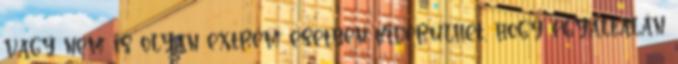
vagy nem is olyan extrém esetben kiderülhet, hogy egyáltalán